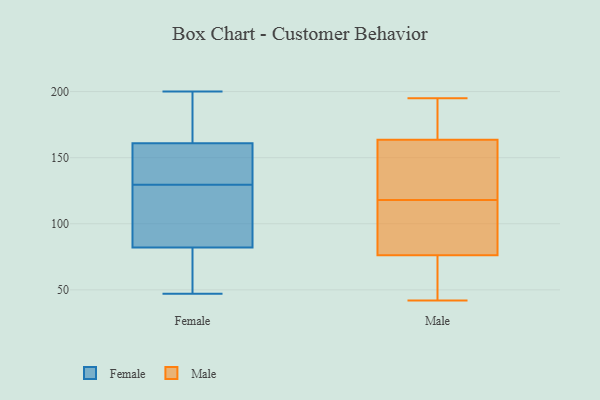
{"axis": {"x": "Page Views", "y": "Value"}, "legend": ["Female", "Male"], "data": [{"x": "", "y": 123, "type": "Female"}, {"x": "", "y": 154, "type": "Female"}, {"x": "", "y": 161, "type": "Female"}, {"x": "", "y": 200, "type": "Female"}, {"x": "", "y": 82, "type": "Female"}, {"x": "", "y": 62, "type": "Female"}, {"x": "", "y": 157, "type": "Female"}, {"x": "", "y": 57, "type": "Female"}, {"x": "", "y": 135, "type": "Female"}, {"x": "", "y": 47, "type": "Female"}, {"x": "", "y": 176, "type": "Female"}, {"x": "", "y": 121, "type": "Female"}, {"x": "", "y": 185, "type": "Female"}, {"x": "", "y": 124, "type": "Female"}, {"x": "", "y": 181, "type": "Male"}, {"x": "", "y": 164, "type": "Male"}, {"x": "", "y": 116, "type": "Male"}, {"x": "", "y": 118, "type": "Male"}, {"x": "", "y": 137, "type": "Male"}, {"x": "", "y": 120, "type": "Male"}, {"x": "", "y": 188, "type": "Male"}, {"x": "", "y": 162, "type": "Male"}, {"x": "", "y": 195, "type": "Male"}, {"x": "", "y": 45, "type": "Male"}, {"x": "", "y": 92, "type": "Male"}, {"x": "", "y": 93, "type": "Male"}, {"x": "", "y": 71, "type": "Male"}, {"x": "", "y": 58, "type": "Male"}, {"x": "", "y": 42, "type": "Male"}]}